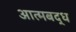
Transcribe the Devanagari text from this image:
आत्मबद्ध